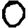
Digit: 0